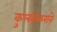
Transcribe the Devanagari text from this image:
कुलसेकराने